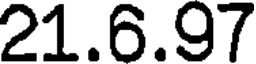
21.6.97